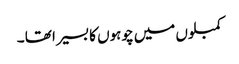
کمبلوں میں چوہوں کا بسیرا تھا ۔